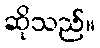
ဆိုသည်။